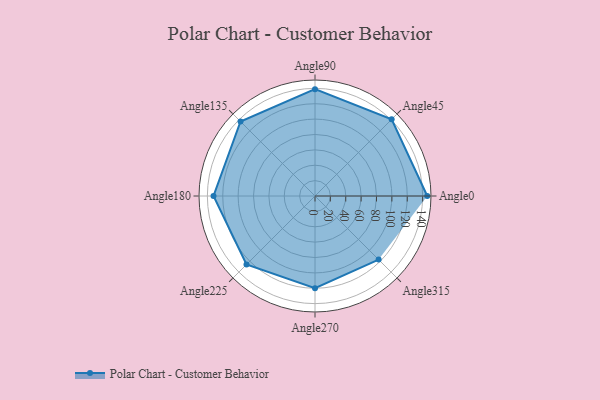
{"axis": {"x": "Angle", "y": "Radius"}, "legend": [""], "data": [{"x": "Angle0", "y": 146.0, "type": ""}, {"x": "Angle45", "y": 141.0, "type": ""}, {"x": "Angle90", "y": 139.0, "type": ""}, {"x": "Angle135", "y": 137.0, "type": ""}, {"x": "Angle180", "y": 132.0, "type": ""}, {"x": "Angle225", "y": 126.0, "type": ""}, {"x": "Angle270", "y": 120.0, "type": ""}, {"x": "Angle315", "y": 117.0, "type": ""}]}